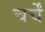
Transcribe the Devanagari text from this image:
चर्चें